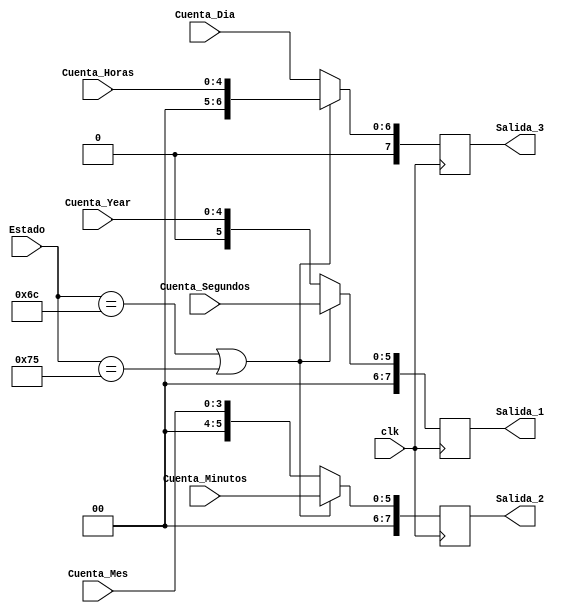
`timescale 1ns / 1ps
//////////////////////////////////////////////////////////////////////////////////
// Company: 
// Engineer: 
// 
// Design Name: 
// Module Name:    MUX 
// Project Name: 
// Target Devices: 
// Tool versions: 
// Description: 
//
// Dependencies: 
//
// Revision: 
// Revision 0.01 - File Created
// Additional Comments: 
//
//////////////////////////////////////////////////////////////////////////////////
module MUX(
    input clk,
	 input [7:0] Estado,
	 input [5:0] Cuenta_Segundos, 
	 input [5:0] Cuenta_Minutos, 
	 input [4:0] Cuenta_Horas, 
	 input [4:0] Cuenta_Year, 
	 input [3:0] Cuenta_Mes, 
	 input [6:0] Cuenta_Dia, 
	 output reg [7:0] Salida_1,
	 output reg [7:0] Salida_2, 
	 output reg [7:0] Salida_3 
    );
	 
	 always @(posedge clk)
       if (Estado == 8'h6C || Estado == 8'h75)
		 begin
          Salida_1 <= Cuenta_Segundos;
			 Salida_2 <= Cuenta_Minutos;
			 Salida_3 <= Cuenta_Horas;
		 end
       else 
		 begin
          Salida_1 <= Cuenta_Year;
			 Salida_2 <= Cuenta_Mes;
			 Salida_3 <= Cuenta_Dia;
		 end 
		 
endmodule